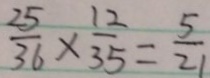
\frac { 2 5 } { 3 6 } \times \frac { 1 2 } { 3 5 } = \frac { 5 } { 2 1 }